Vaccination in Bombay 1863-1868 - 1863-1868
Year: 1863
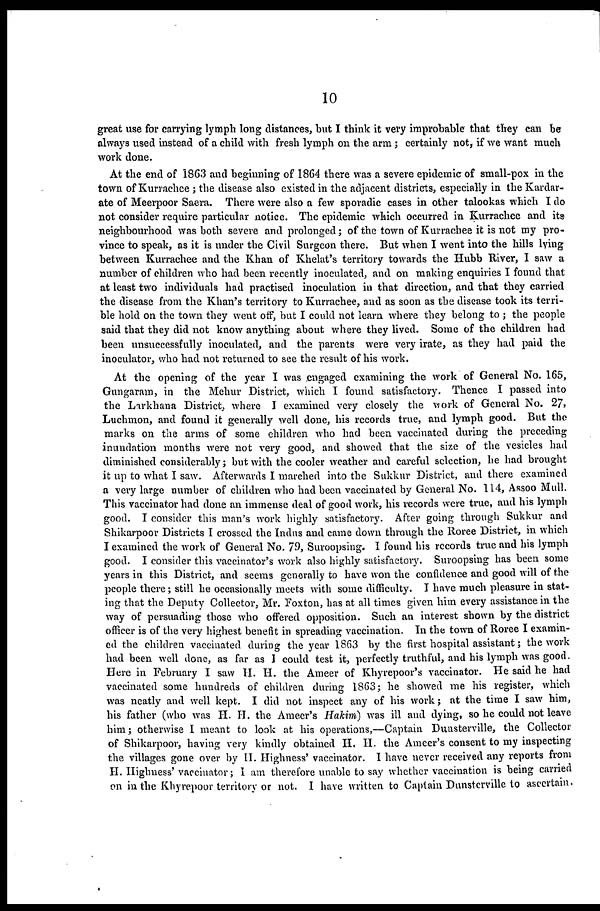
10
great use for carrying lymph long distances, but I think it very improbable that they can be
always used instead of a child with fresh lymph on the arm; certainly not, if we want much
work done.
At the end of 1863 and beginning of 1864 there was a severe epidemic of small-pox in the
town of Kurrachee ; the disease also existed in the adjacent districts, especially in the Kardar¬
ate of Meerpoor Saera. There were also a few sporadic cases in other talookas which I do
not consider require particular notice. The epidemic which occurred in Kurrachee and its
neighbourhood was both severe and prolonged; of the town of Kurrachee it is not my pro-
vince to speak, as it is under the Civil Surgeon there. But when I went into the hills lying
between Kurrachee and the Khan of Khelat's territory towards the Hubb River, I saw a
number of children who had been recently inoculated, and on making enquiries I found that
at least two individuals had practised inoculation in that direction, and that they carried
the disease from the Khan's territory to Kurrachee, and as soon as the disease took its terri-
ble hold on the town they went off, but I could not learn where they belong to ; the people
said that they did not know anything about where they lived. Some of the children had
been unsuccessfully inoculated, and the parents were very irate, as they had paid the
inoculator, who had not returned to see the result of his work.
At the opening of the year I was engaged examining the work of General No. 165,
Gungaram, in the Mehur District, which I found satisfactory. Thence I passed into
the Larkhana District, where I examined very closely the work of General No. 27,
Luchmon, and found it generally well done, his records true, and lymph good. But the
marks on the arms of some children who had been vaccinated during the preceding
inundation months were not very good, and showed that the size of the vesicles had
diminished considerably; but with the cooler weather and careful selection, he had brought
it up to what I saw. Afterwards I marched into the Sukkur District, and there examined
a very large number of children who had been vaccinated by General No. 114, Assoo Mull.
This vaccinator had done an immense deal of good work, his records were true, and his lymph
good. I consider this man's work highly satisfactory. After going through Sukkur and
Shikarpoor Districts I crossed the Indus and came down through the Roree District, in which
I examined the work of General No. 79, Suroopsing. I found his records true and his lymph
good. I consider this vaccinator's work also highly satisfactory. Suroopsing has been some
years in this District, and seems generally to have won the confidence and good will of the
people there; still he occasionally meets with some difficulty. I have much pleasure in stat-
ing that the Deputy Collector, Mr. Foxton, has at all times given him every assistance in the
way of persuading those who offered opposition. Such an interest shown by the district
officer is of the very highest benefit in spreading vaccination. In the town of Roree I examin-
ed the children vaccinated during the year 1863 by the first hospital assistant ; the work
had been well done, as far as I could test it, perfectly truthful, and his lymph was good.
Here in February I saw H. H. the Ameer of Khyrepoor's vaccinator. He said he had
vaccinated some hundreds of children during 1863; he showed me his register, which
was neatly and well kept. I did not inspect any of his work; at the time I saw him,
his father (who was H. H. the Ameer's Hakim) was ill and dying, so he could not leave
him; otherwise I meant to look at his operations,—Captain Dunsterville, the Collector
of Shikarpoor, having very kindly obtained H. H. the Ameer's consent to my inspecting
the villages gone over by H. Highness' vaccinator. I have never received any reports from
H. Highness' vaccinator; I am therefore unable to say whether vaccination is being carried
on in the Khyrepoor territory or not. I have written to Captain Dunsterville to ascertain.